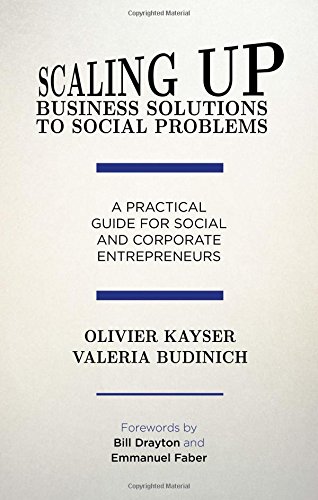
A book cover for Scaling up Business Solutions to Social Problems: A Practical Guide for Social and Corporate Entrepreneurs; Olivier Kayser; Business & Money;